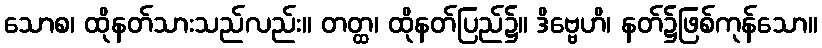
သောစ၊ ထိုနတ်သားသည်လည်း။ တတ္ထ၊ ထိုနတ်ပြည်၌။ ဒိဗ္ဗေဟိ၊ နတ်၌ဖြစ်ကုန်သော။